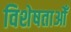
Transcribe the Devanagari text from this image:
विशेषताओँ